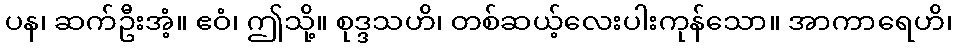
ပန၊ ဆက်ဦးအံ့။ ဧဝံ၊ ဤသို့။ စုဒ္ဒသဟိ၊ တစ်ဆယ့်လေးပါးကုန်သော။ အာကာရေဟိ၊